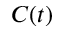
C ( t )